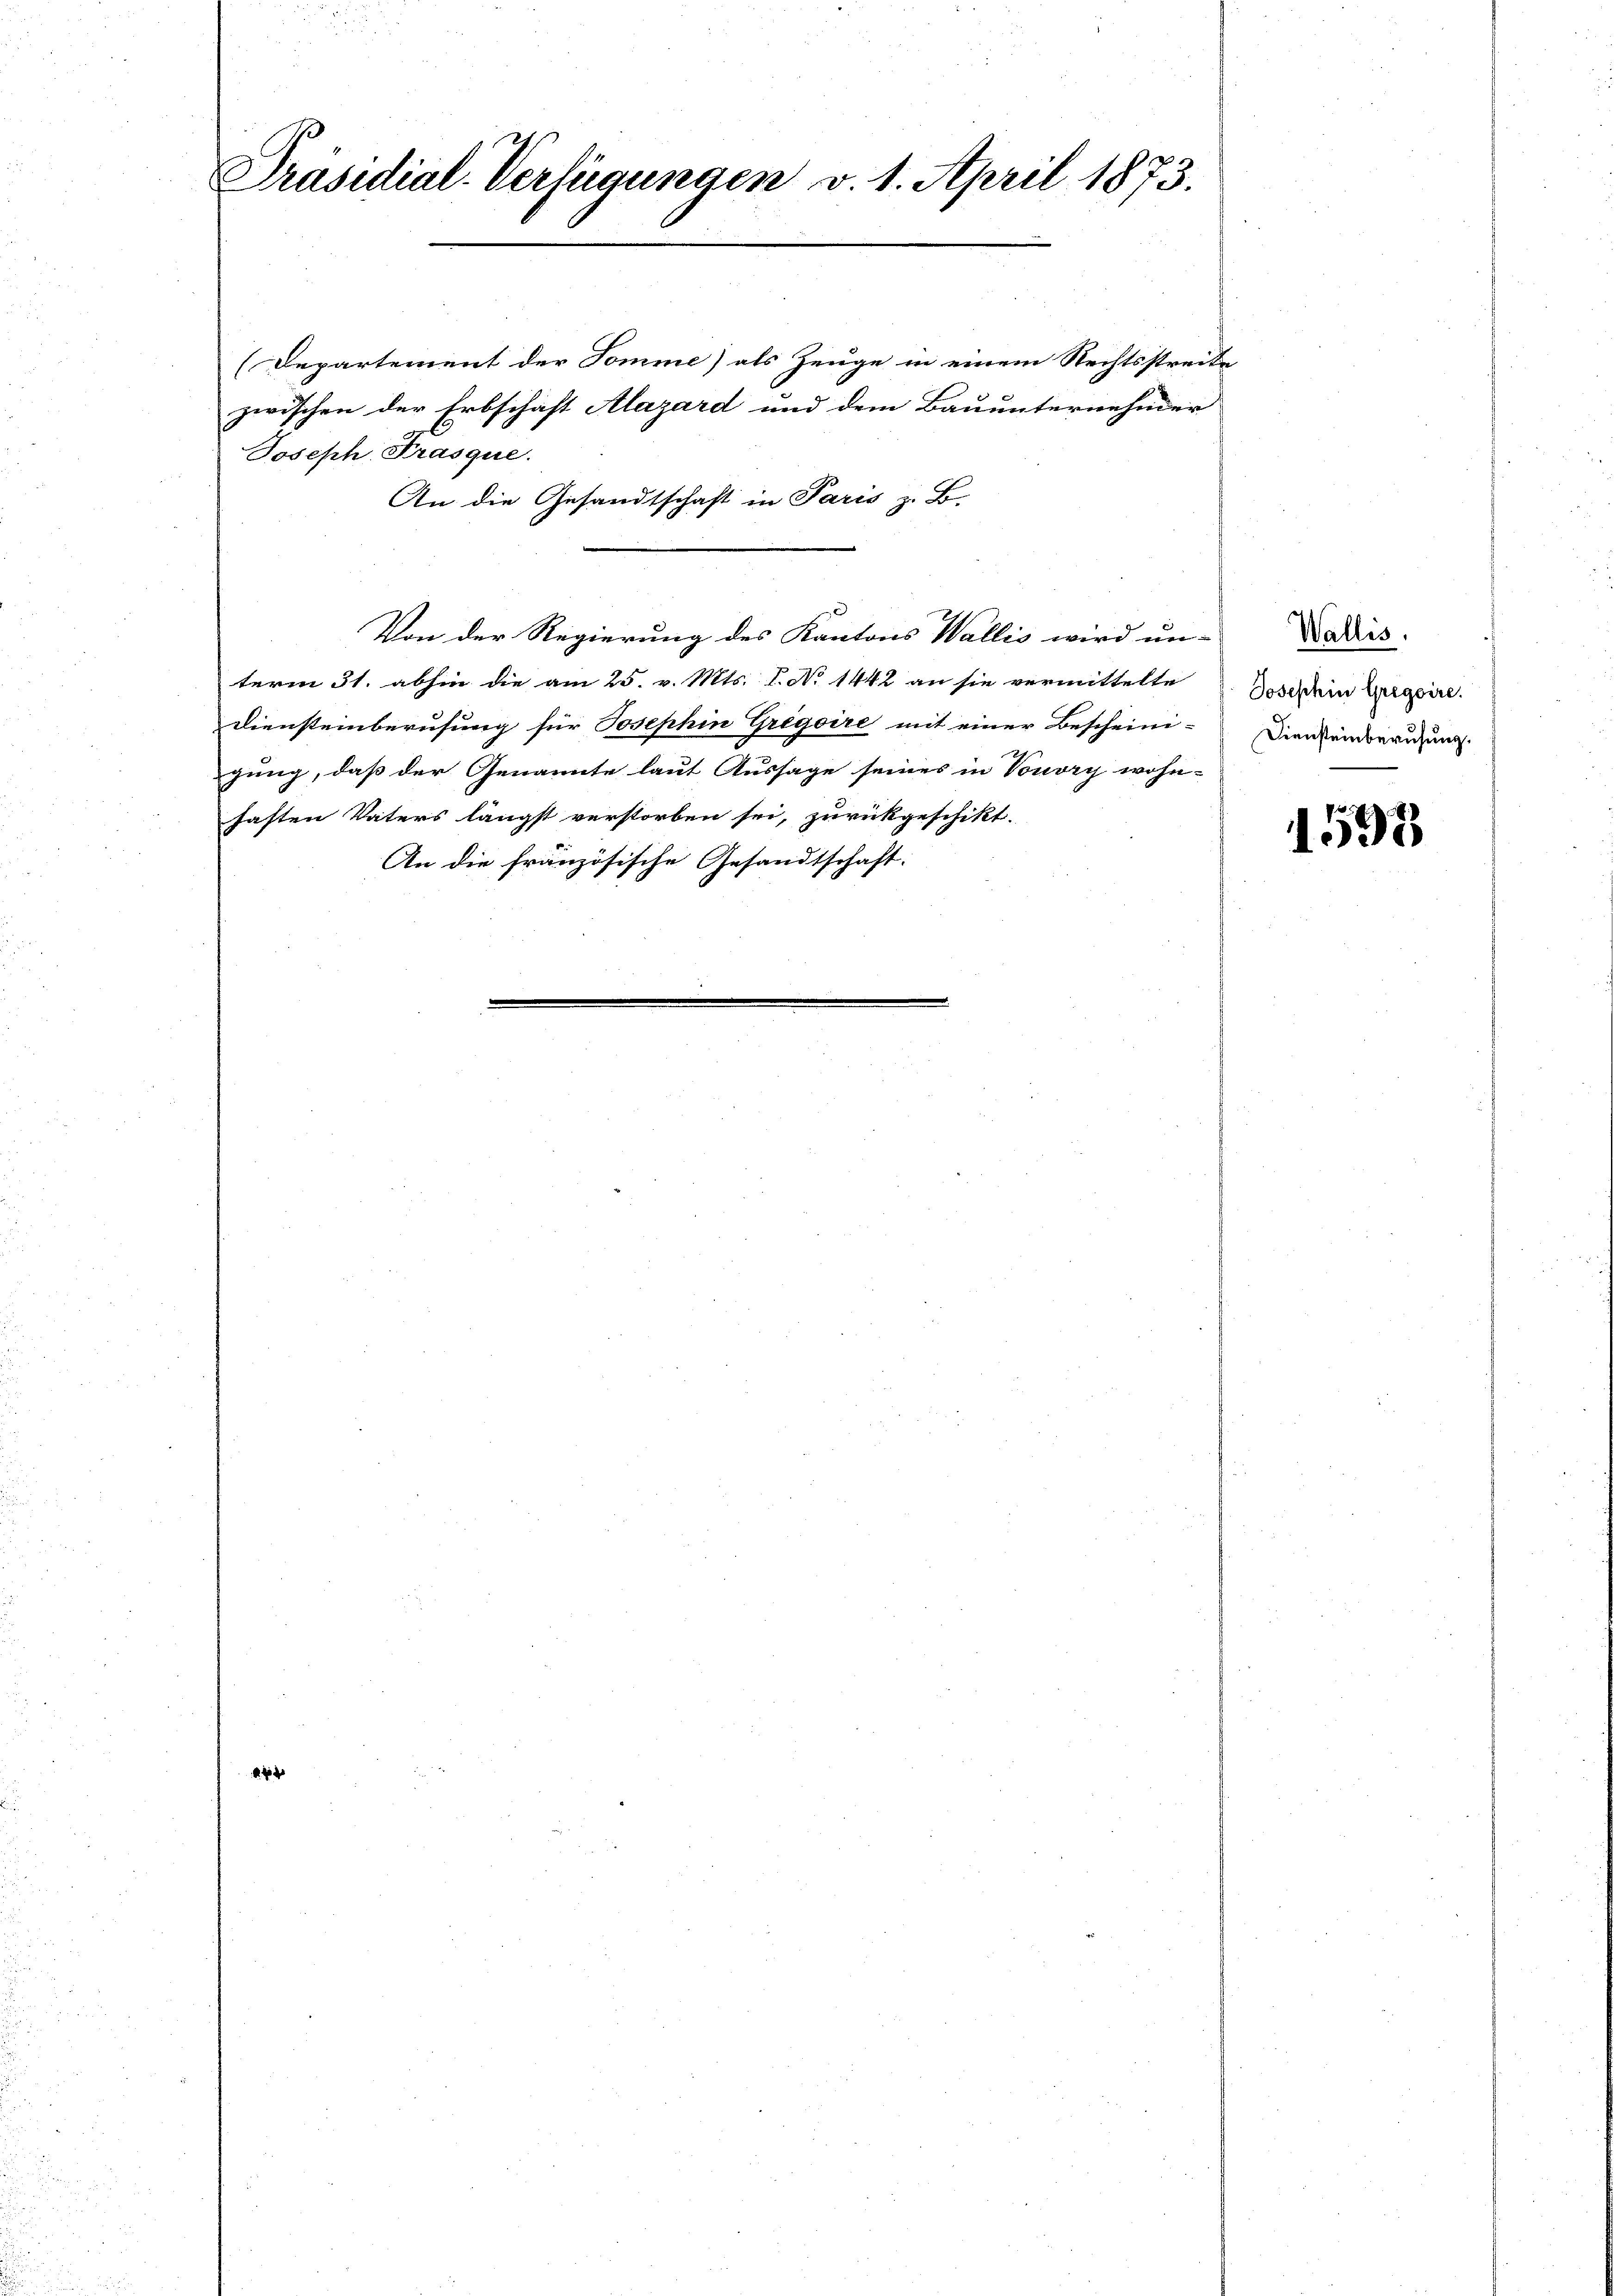
Präsidial-Verfügungen v. 1. April 1873.

(Departement der Tomme) als Zeuge in einem Rechtsstreite
zwischen der Erbschaft Alazard und dem Bauunternehmer
Joseph Frasque.
An die Gesandtschaft in Paris z. B.
Von der Regierung des Kantons Wallis wird un-
term 31. abhin die am 25. v. Mts. 1. No 1442 an sie vermittelte
Diensteinberufung für Josephin Gregoire mit einer Bescheini-
gung, daß der Genannte laut Aussage seines in Vouvry wohn-
haften Vaters längst verstorben sei, zurückgeschikt.
An die französische Gesandtschaft:

Wallis.
Josephin Gregoire.
Diensteinberufung.

1597